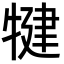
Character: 犍